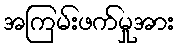
အကြမ်းဖက်မှုအား